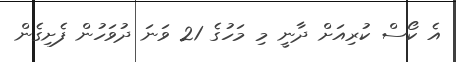
އެ ކޯސް ކުރިއަށް ދާނީ މި މަހުގެ 21 ވަނަ ދުވަހުން ފެށިގެން